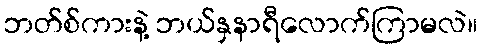
ဘတ်စ်ကားနဲ့ ဘယ်နှနာရီလောက်ကြာမလဲ။